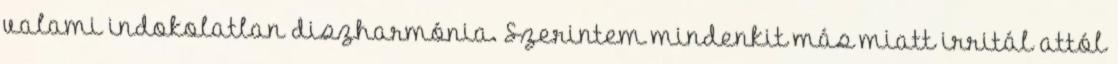
valami indokolatlan diszharmónia. Szerintem mindenkit más miatt irritál attól